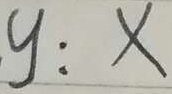
y : x